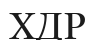
ХДР